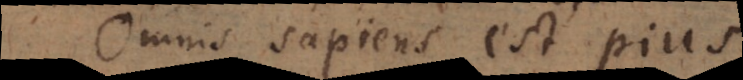
Omnis sapiens est pius